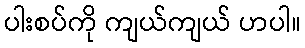
ပါးစပ်ကို ကျယ်ကျယ် ဟပါ။